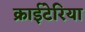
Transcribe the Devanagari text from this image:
क्राईटेरिया